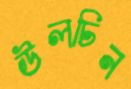
উলচিন